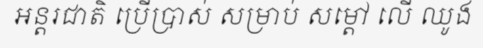
អន្តរជាតិ ប្រើប្រាស់ សម្រាប់ សម្តៅ លើ ឈូង